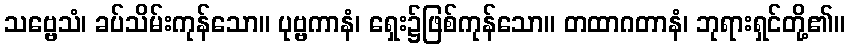
သဗ္ဗေသံ၊ ခပ်သိမ်းကုန်သော။ ပုဗ္ဗကာနံ၊ ရှေး၌ဖြစ်ကုန်သော။ တထာဂတာနံ၊ ဘုရားရှင်တို့၏။